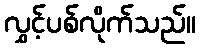
လွှင့်ပစ်လိုက်သည်။